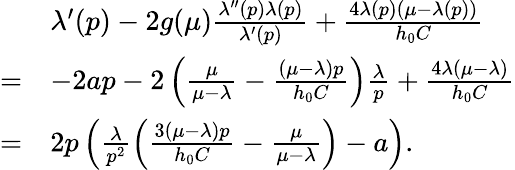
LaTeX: \begin{array}{rl}&{\lambda^{\prime}(p)-2g(\mu)\frac{\lambda^{\prime\prime}(p)\lambda(p)}{\lambda^{\prime}(p)}+\frac{4\lambda(p)(\mu-\lambda(p))}{h_{0}C}}\\ {=}&{-2ap-2\left(\frac{\mu}{\mu-\lambda}-\frac{(\mu-\lambda)p}{h_{0}C}\right)\frac{\lambda}{p}+\frac{4\lambda(\mu-\lambda)}{h_{0}C}}\\ {=}&{2p\left(\frac{\lambda}{p^{2}}\left(\frac{3(\mu-\lambda)p}{h_{0}C}-\frac{\mu}{\mu-\lambda}\right)-a\right).}\end{array}